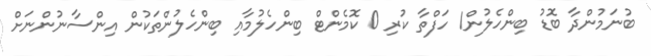
ބުނަމުންދާ ބޮޑު ބިންހެލުން1 ހަފްތާ ކުރި 0 ކޮމެންޓް ބިންހެލުމާއި ބިންހެލުންތަކުން އިންސާނުންނަށް